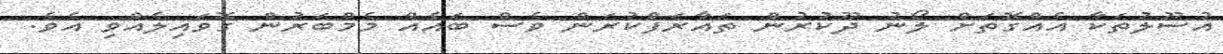
އުސޫލުތަކާ އެއްގޮތަށް ލޯނު ދޫކުރުން ތައާރަފްކުރަން ވެސް ބައެއް މެމްބަރުން ގޮވައިލެއްވި އެވެ.